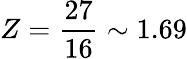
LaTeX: Z={\frac{27}{16}}\sim 1.69